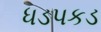
ધડપકડ